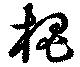
槐